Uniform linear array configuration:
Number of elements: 32
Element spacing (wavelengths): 0.25
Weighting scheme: hamming
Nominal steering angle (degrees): -15
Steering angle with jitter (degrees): -14.773
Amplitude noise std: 0.05
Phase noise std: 0.05

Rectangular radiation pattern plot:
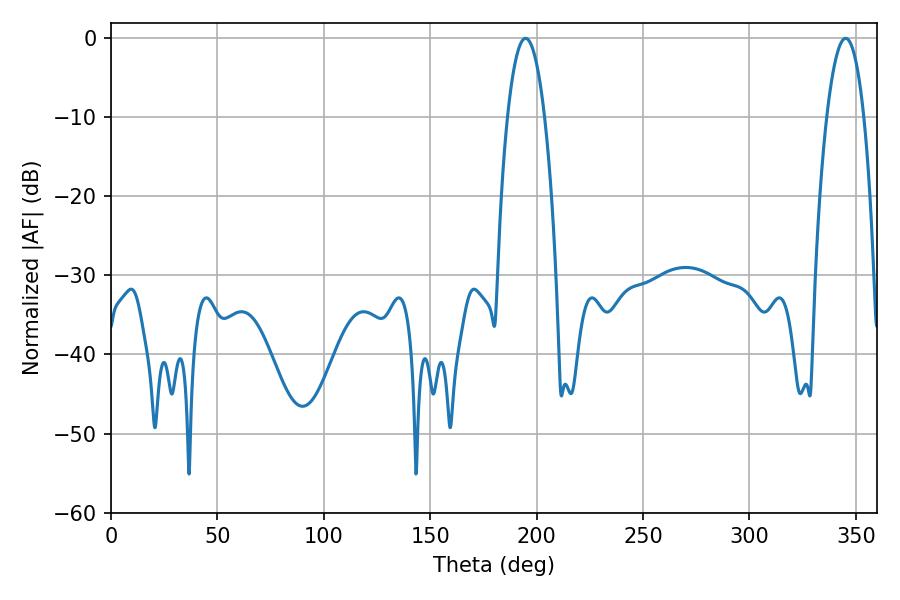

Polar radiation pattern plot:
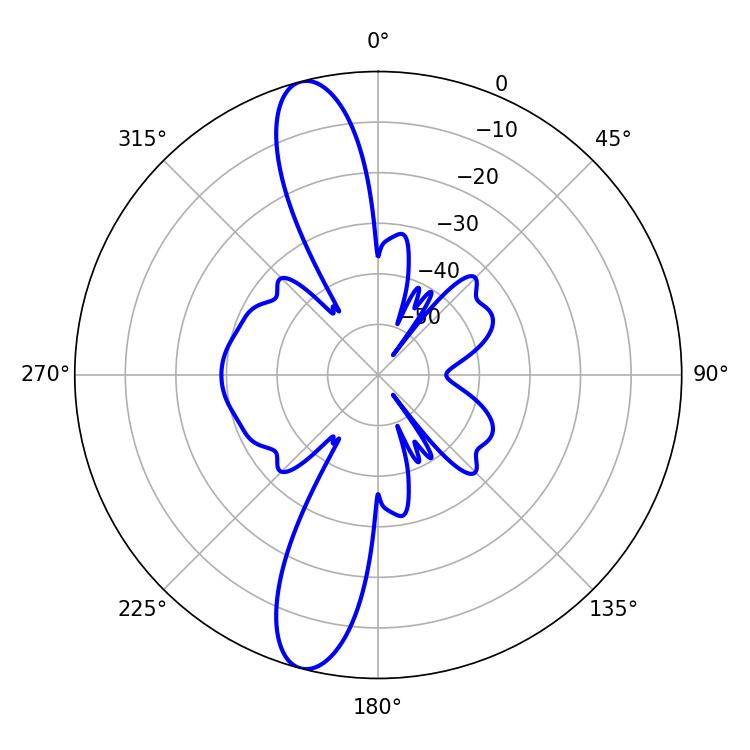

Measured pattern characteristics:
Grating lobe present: FALSE
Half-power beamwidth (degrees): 9.54
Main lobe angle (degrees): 194.76